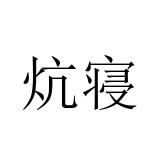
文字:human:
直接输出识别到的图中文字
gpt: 炕寝